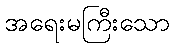
အရေးမကြီးသော